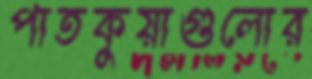
পাতকুয়াগুলোর